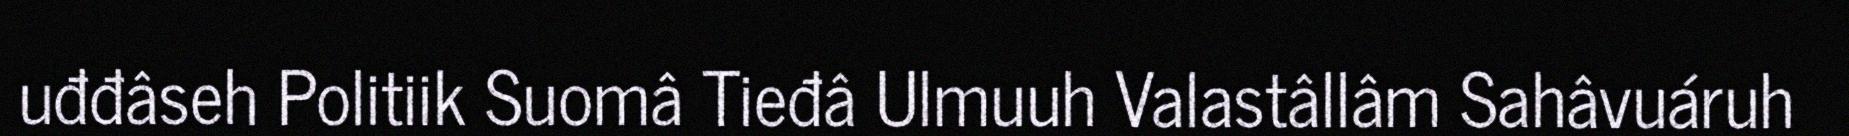
uđđâseh Politiik Suomâ Tieđâ Ulmuuh Valastâllâm Sahâvuáruh